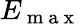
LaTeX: E_{\mathrm{~m~a~x~}}